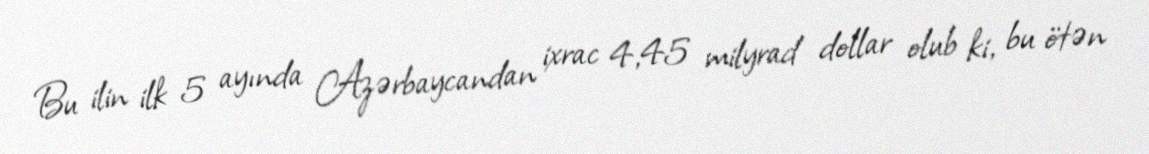
Bu ilin ilk 5 ayında Azərbaycandan ixrac 4,45 milyrad dollar olub ki, bu ötən